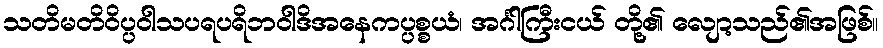
သတိမတိဝိပ္ပဝါသပရပရိဘဝါဒိအနေကပ္ပစ္စယံ၊ အင်္ဂါကြီးငယ် တို့၏ လျော့သည်၏အဖြစ်။